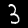
Digit: 3